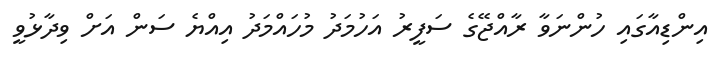
އިންޑިއާގައި ހުންނަވާ ރާއްޖޭގެ ސަފީރު އަހުމަދު މުހައްމަދު އިއްޔެ ސަން އަށް ވިދާޅުވީ